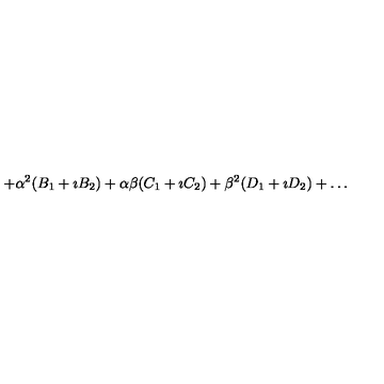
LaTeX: + \alpha ^ { 2 } ( B _ { 1 } + \imath B _ { 2 } ) + \alpha \beta ( C _ { 1 } + \imath C _ { 2 } ) + \beta ^ { 2 } ( D _ { 1 } + \imath D _ { 2 } ) + \ldots